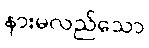
နားမလည်သော